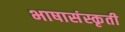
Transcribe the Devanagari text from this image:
भाषासंस्कृती